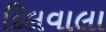
દિલવાલા